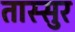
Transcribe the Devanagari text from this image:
तास्सुर